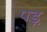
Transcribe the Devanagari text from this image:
पड़़